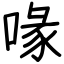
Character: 喙